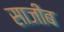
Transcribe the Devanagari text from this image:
साजीब